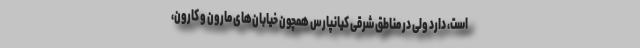
است، دارد ولی در مناطق شرقی کیانپارس همچون خیابان‌های مارون و کارون،